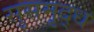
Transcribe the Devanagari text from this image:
सुसमृद्ध